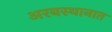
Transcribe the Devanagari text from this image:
अरबस्थानात